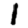
Digit: 1